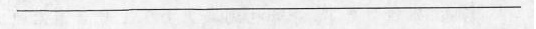
___